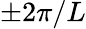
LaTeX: \pm 2\pi/L